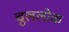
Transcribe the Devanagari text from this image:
चुललोक